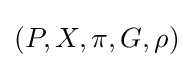
(P,X,\pi ,G,\rho )